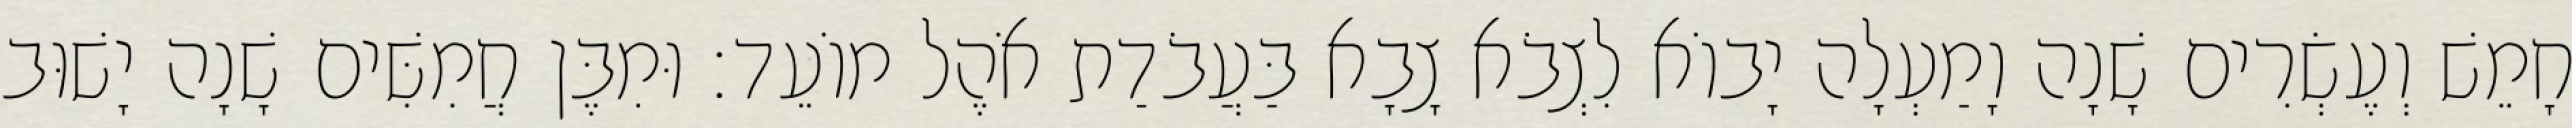
חָמֵשׁ וְעֶשְׂרִים שָׁנָה וָמַעְלָה יָבוֹא לִצְבֹא צָבָא בַּעֲבֹדַת אֹהֶל מוֹעֵד׃ וּמִבֶּן חֲמִשִּׁים שָׁנָה יָשׁוּב